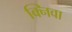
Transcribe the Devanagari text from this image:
क्निवा